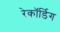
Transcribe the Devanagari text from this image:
रेकॉर्डिग